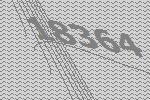
18364